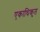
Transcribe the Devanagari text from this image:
एकाधिकृत